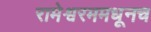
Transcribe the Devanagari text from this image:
रामेश्वरममधूनच